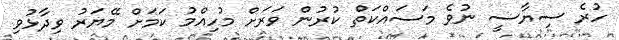
ހުރެ ސިޔާސީ ނުވެ މަސައްކަތް ކުރުން ވަރަށް މުހިއްމު ކަމަށް މޭޔަރު ވިދާޅުވި